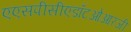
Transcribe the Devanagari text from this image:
एएसपीसीएडॉटओआरजी